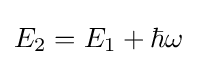
E_{2}=E_{1}+\hbar \omega